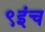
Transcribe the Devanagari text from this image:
९इंच